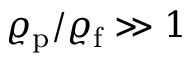
\varrho _ { \mathrm { p } } / \varrho _ { \mathrm { f } } \gg 1